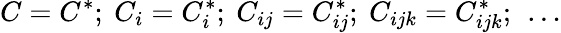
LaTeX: C=C^{\ast};\ C_{i}=C_{i}^{\ast};\ C_{ij}=C_{ij}^{\ast};\ C_{ijk}=C_{ijk}^{\ast};\ \ldots